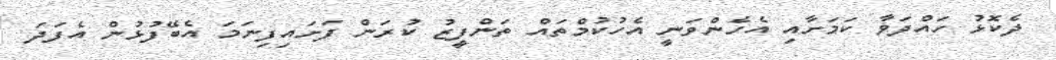
ދެކޮޅު ހައްދަވާ ކަމަށާއި އެހެންވަނީ އެހުކުމްތައް ތަންފީޒު ކުރަން ފަށައިފިނަމަ އެބޭފުޅުން އެފަދަ